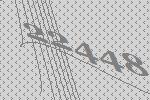
22448